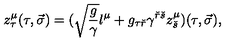
z _ { \tau } ^ { \mu } ( \tau , \vec { \sigma } ) = ( \sqrt { { \frac { g } { \gamma } } } l ^ { \mu } + g _ { \tau { \check { r } } } \gamma ^ { { \check { r } } { \check { s } } } z _ { \check { s } } ^ { \mu } ) ( \tau , \vec { \sigma } ) ,